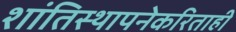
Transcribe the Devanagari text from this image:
शांतिस्थापनेकरिताही